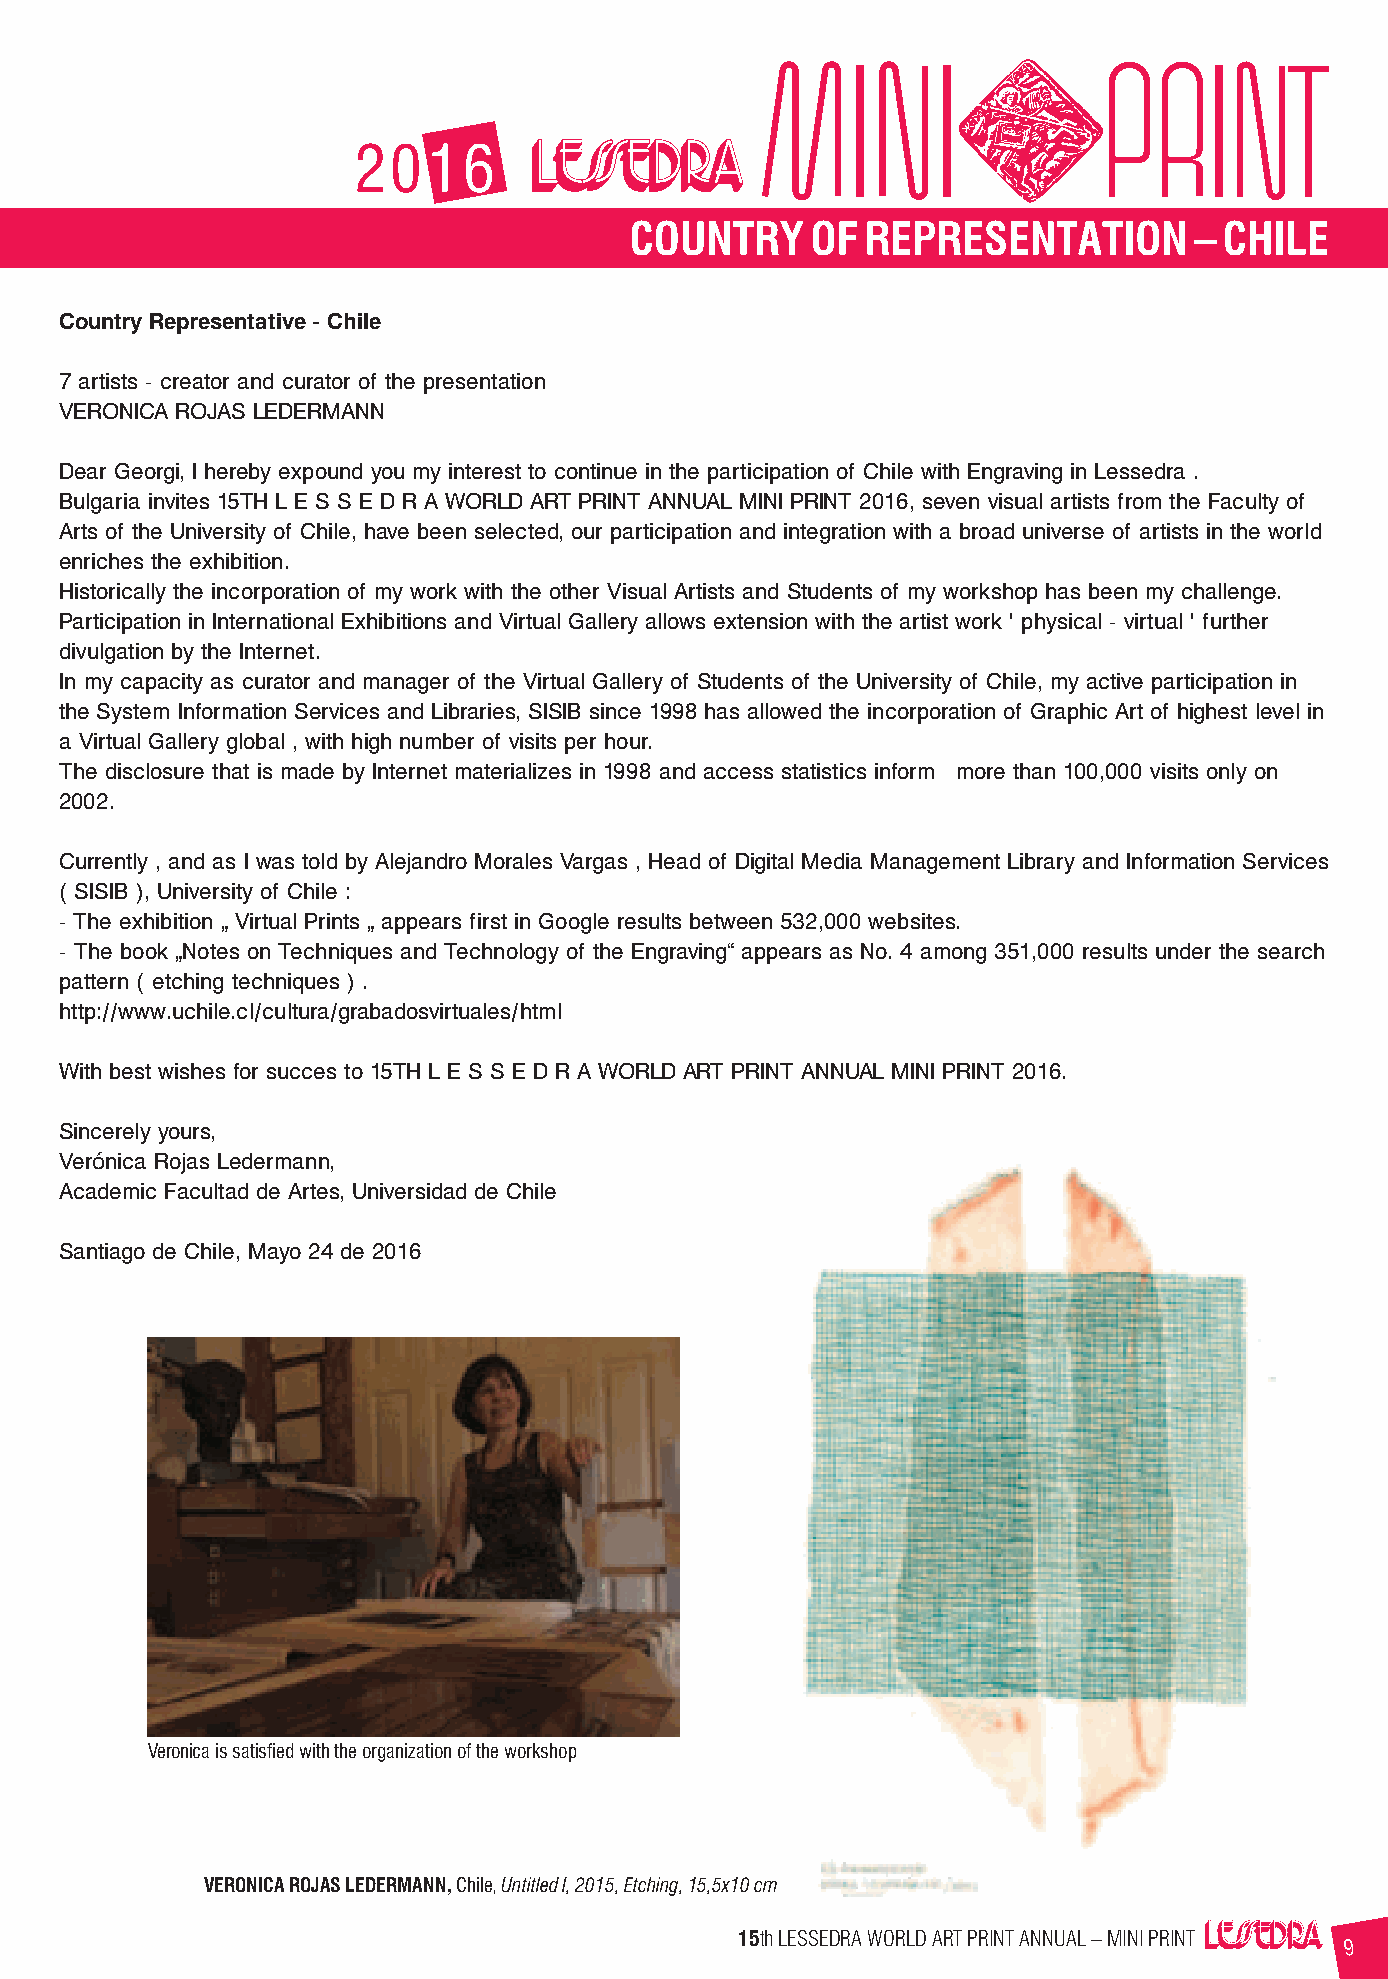
2016
 COUNTRY     OF REPRESENTATION        – CHILE
 Country Representative - Chile
 7 artists - creator and curator of the presentation
 VERONICA ROJAS LEDERMANN
 Dear Georgi, I hereby expound you my interest to continue in the participation of Chile with Engraving in Lessedra .
 Bulgaria invites 15TH L E S S E D R A WORLD ART PRINT ANNUAL MINI PRINT 2016, seven visual artists from the Faculty of
 Arts of the University of Chile, have been selected, our participation and integration with a broad universe of artists in the world
 enriches the exhibition.
 Historically the incorporation of my work with the other Visual Artists and Students of my workshop has been my challenge.
 Participation in International Exhibitions and Virtual Gallery allows extension with the artist work ' physical - virtual ' further
 divulgation by the Internet.
 In my capacity as curator and manager of the Virtual Gallery of Students of the University of Chile, my active participation in
 the System Information Services and Libraries, SISIB since 1998 has allowed the incorporation of Graphic Art of highest level in
 a Virtual Gallery global , with high number of visits per hour.
 The disclosure that is made by Internet materializes in 1998 and access statistics inform more than 100,000 visits only on
 2002.
 Currently , and as I was told by Alejandro Morales Vargas , Head of Digital Media Management Library and Information Services
 ( SISIB ), University of Chile :
 - The exhibition „ Virtual Prints „ appears first in Google results between 532,000 websites.
 - The book „Notes on Techniques and Technology of the Engraving“ appears as No. 4 among 351,000 results under the search
 pattern ( etching techniques ) .
 http://www.uchile.cl/cultura/grabadosvirtuales/html
 With best wishes for succes to 15TH L E S S E D R A WORLD ART PRINT ANNUAL MINI PRINT 2016.
 Sincerely yours,
 Verónica Rojas Ledermann,
 Academic Facultad de Artes, Universidad de Chile
 Santiago de Chile, Mayo 24 de 2016
 Veronica is satisfied with the organization of the workshop
 VERONICA ROJAS LEDERMANN, Chile, Untitled I, 2015, Etching, 15,5x10 cm
 15th LESSEDRA WORLD ART PRINT ANNUAL – MINI PRINT
 9